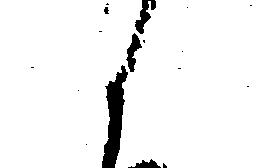
候